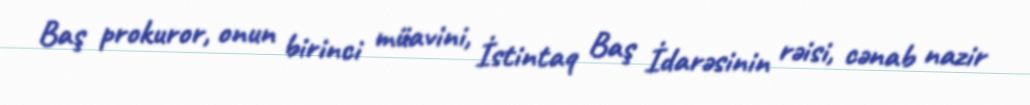
Baş prokuror, onun birinci müavini, İstintaq Baş İdarəsinin rəisi, cənab nazir